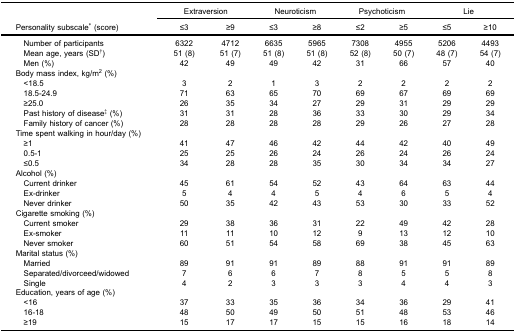
<table><thead><tr><td><b> </b></td><td colspan="2"><b>Extraversion</b></td><td colspan="2"><b>Neuroticism</b></td><td colspan="2"><b>Psychoticism</b></td><td colspan="2"><b>Lie</b></td></tr><tr><td><b>Personality subscale<sup>*</sup> (score)</b></td><td><b>≤3</b></td><td><b>≥9</b></td><td><b>≤3</b></td><td><b>≥8</b></td><td><b>≤2</b></td><td><b>≥5</b></td><td><b>≤5</b></td><td><b>≥10</b></td></tr></thead><tbody><tr><td>Number of participants</td><td>6322</td><td>4712</td><td>6635</td><td>5965</td><td>7308</td><td>4955</td><td>5206</td><td>4493</td></tr><tr><td>Mean age, years (SD<sup>†</sup>)</td><td>51 (8)</td><td>51 (7)</td><td>51 (8)</td><td>51 (8)</td><td>52 (8)</td><td>50 (7)</td><td>48 (7)</td><td>54 (7)</td></tr><tr><td>Men (%)</td><td>42</td><td>49</td><td>49</td><td>42</td><td>31</td><td>66</td><td>57</td><td>40</td></tr><tr><td colspan="9">Body mass index, kg/m<sup>2</sup> (%)</td></tr><tr><td> &lt;18.5</td><td>3</td><td>2</td><td>1</td><td>3</td><td>2</td><td>2</td><td>2</td><td>2</td></tr><tr><td> 18.5-24.9</td><td>71</td><td>63</td><td>65</td><td>70</td><td>69</td><td>67</td><td>69</td><td>69</td></tr><tr><td> ≥25.0</td><td>26</td><td>35</td><td>34</td><td>27</td><td>29</td><td>31</td><td>29</td><td>29</td></tr><tr><td>Past history of disease<sup>‡</sup> (%)</td><td>31</td><td>31</td><td>28</td><td>36</td><td>33</td><td>30</td><td>29</td><td>34</td></tr><tr><td>Family history of cancer (%)</td><td>28</td><td>28</td><td>28</td><td>28</td><td>29</td><td>26</td><td>27</td><td>28</td></tr><tr><td colspan="9">Time spent walking in hour/day (%)</td></tr><tr><td> ≥1</td><td>41</td><td>47</td><td>46</td><td>42</td><td>44</td><td>42</td><td>40</td><td>49</td></tr><tr><td> 0.5-1</td><td>25</td><td>25</td><td>26</td><td>24</td><td>26</td><td>24</td><td>26</td><td>24</td></tr><tr><td> ≤0.5</td><td>34</td><td>28</td><td>28</td><td>35</td><td>30</td><td>34</td><td>34</td><td>27</td></tr><tr><td colspan="9">Alcohol (%)</td></tr><tr><td> Current drinker</td><td>45</td><td>61</td><td>54</td><td>52</td><td>43</td><td>64</td><td>63</td><td>44</td></tr><tr><td> Ex-drinker</td><td>5</td><td>4</td><td>4</td><td>5</td><td>4</td><td>6</td><td>5</td><td>4</td></tr><tr><td> Never drinker</td><td>50</td><td>35</td><td>42</td><td>43</td><td>53</td><td>30</td><td>33</td><td>52</td></tr><tr><td colspan="9">Cigarette smoking (%)</td></tr><tr><td> Current smoker</td><td>29</td><td>38</td><td>36</td><td>31</td><td>22</td><td>49</td><td>42</td><td>28</td></tr><tr><td> Ex-smoker</td><td>11</td><td>11</td><td>10</td><td>12</td><td>9</td><td>13</td><td>12</td><td>10</td></tr><tr><td> Never smoker</td><td>60</td><td>51</td><td>54</td><td>58</td><td>69</td><td>38</td><td>45</td><td>63</td></tr><tr><td colspan="9">Marital status (%)</td></tr><tr><td> Married</td><td>89</td><td>91</td><td>91</td><td>89</td><td>88</td><td>91</td><td>91</td><td>89</td></tr><tr><td> Separated/divorceed/widowed</td><td>7</td><td>6</td><td>6</td><td>7</td><td>8</td><td>5</td><td>5</td><td>8</td></tr><tr><td> Single</td><td>4</td><td>2</td><td>3</td><td>3</td><td>3</td><td>4</td><td>4</td><td>3</td></tr><tr><td colspan="9">Education, years of age (%)</td></tr><tr><td> &lt;16</td><td>37</td><td>33</td><td>35</td><td>36</td><td>34</td><td>36</td><td>29</td><td>41</td></tr><tr><td> 16-18</td><td>48</td><td>50</td><td>49</td><td>50</td><td>51</td><td>48</td><td>53</td><td>46</td></tr><tr><td> ≥19</td><td>15</td><td>17</td><td>17</td><td>15</td><td>15</td><td>16</td><td>18</td><td>14</td></tr></tbody></table>